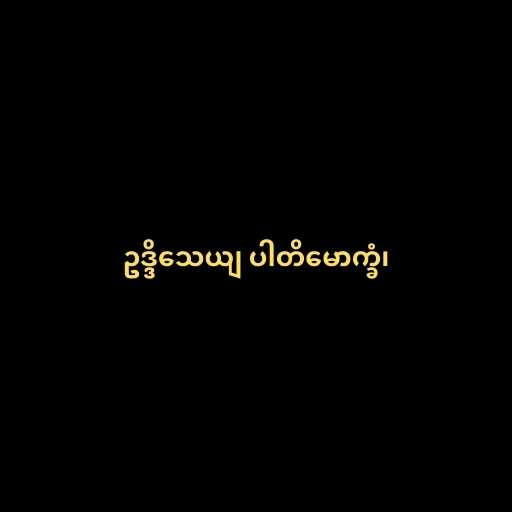
ဥဒ္ဒိသေယျ ပါတိမောက္ခံ၊